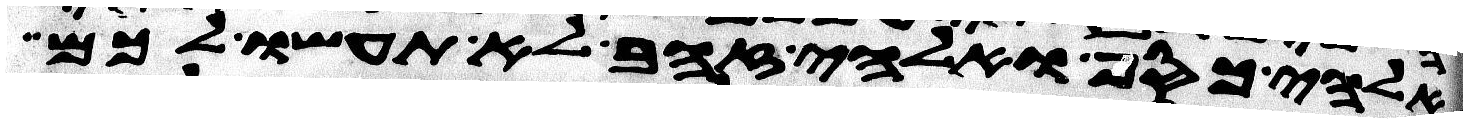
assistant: אלהי כסף ואלהי זהב לא תעשו לכם